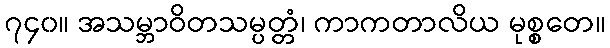
၇၄၀။ အသမ္ဘာဝိတသမ္ပတ္တံ၊ ကာကတာလိယ မုစ္စတေ။